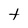
Character: t